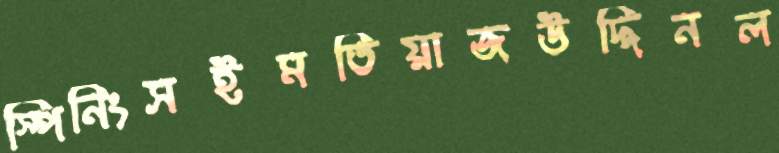
স্পিনিংসইমতিয়াজউদ্দিনল